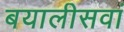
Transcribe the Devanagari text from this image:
बयालीसवां